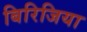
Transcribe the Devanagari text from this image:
बिरिजिया